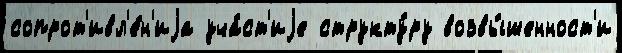
сопрот'ивл'е́н'иjа уча́ст'иjе структу́ру возвы́шенност'и